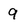
Character: 9